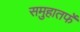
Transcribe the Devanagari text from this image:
समुहातर्फे